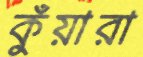
কুঁয়ারা